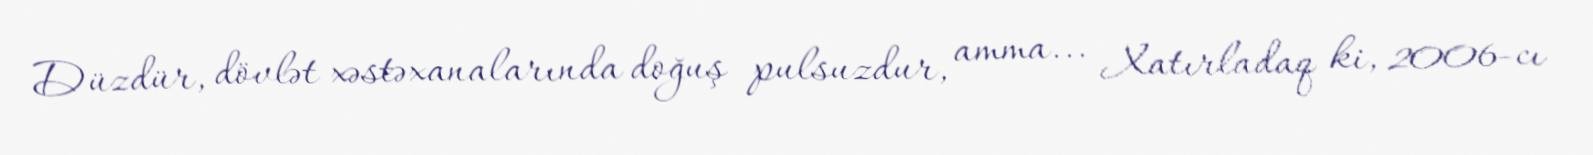
Düzdür, dövlət xəstəxanalarında doğuş pulsuzdur, amma... Xatırladaq ki, 2006-cı